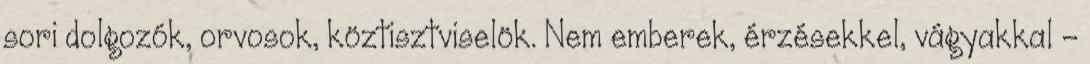
sori dolgozók, orvosok, köztisztviselök. Nem emberek, érzésekkel, vágyakkal –